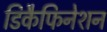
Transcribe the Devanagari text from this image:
डिकैफिनेशन